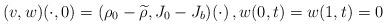
LaTeX: \begin{align*}(v,w)(\cdot,0) =(\rho_0 - \widetilde \rho, J_0 - J_b)(\cdot)\,, w(0,t)= w(1,t)=0\end{align*}